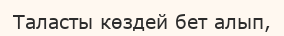
Таласты көздей бет алып,